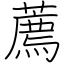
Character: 薦